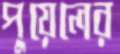
পুয়েলের